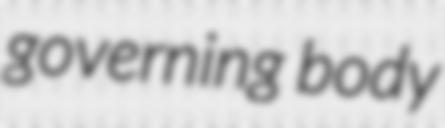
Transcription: governing body